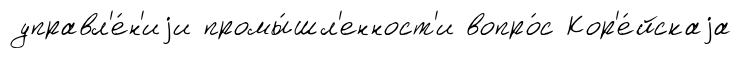
управл'е́н'иjи промы́шл'енност'и вопро́с Кор'е́йскаjа